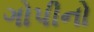
ગોપીનો